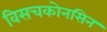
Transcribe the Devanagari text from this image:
विसचकोनसिन